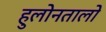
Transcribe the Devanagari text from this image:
हुलोनतालो